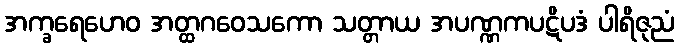
အက္ခရေဟေဝ အတ္ထဂဝေသကော သတ္တာယ အပဏ္ဏကပဋိပဒံ ပါရိဇုညံ